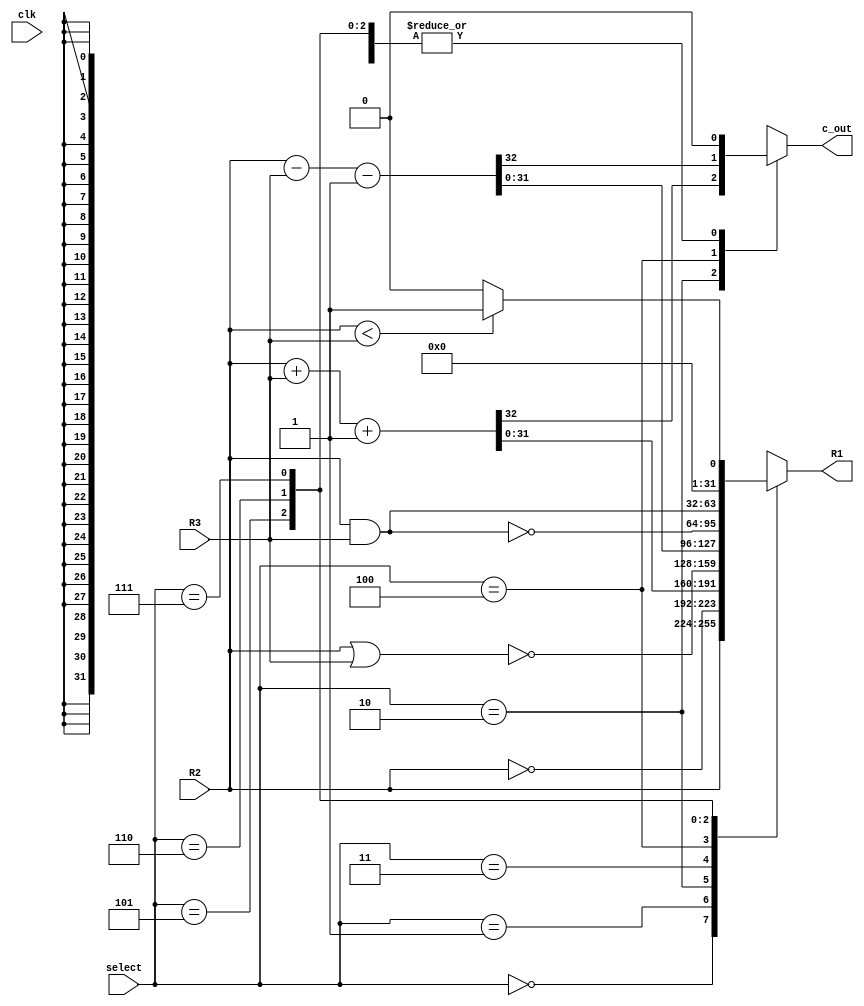
`timescale 1ns / 1ps
//////////////////////////////////////////////////////////////////////////////////
// Company: 
// Engineer: 
// 
// Design Name: 
// Module Name: Verification_ALU
// Project Name: 
// Target Devices: 
// Tool Versions: 
// Description: 
// 
// Dependencies: 
// 
// Revision:
// Revision 0.01 - File Created
// Additional Comments:
// 
//////////////////////////////////////////////////////////////////////////////////


module Verification_ALU#(parameter N = 32)(R2, R3, select, R1, clk, c_out);
    input clk;
	input signed [N-1:0] R2;
	input signed [N-1:0] R3;
	input [2:0] select;
	output reg c_out;
	output reg [N-1:0] R1;
	
	always @(*) begin
		case(select)
			3'b000: begin
			 R1 = R2; 
			 c_out = 0;
			 end
			3'b001: begin 
			 R1 = ~R2;
			 c_out = 0;
			 end
			3'b010: begin
			 {c_out, R1} = (R2 + R3) + 1'd1;
			 end
			3'b011: begin
			 R1 = ~(R2 | R3);
			 c_out = 0;
			 end
			3'b100: begin
			 {c_out, R1} = (R2 - R3) - 1'd1;
			 end
			3'b101: begin
			 R1 = ~(R2 & R3);
			 c_out = 0;
			 end
			3'b110: begin
			 R1 = R2 & R3;
			 c_out = 0;
			 end
			3'b111: begin 
			 R1 = (R2 < R3) ? 1 : 0;
			 c_out = 0;
			 end
		endcase
	end

endmodule